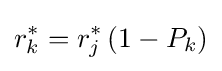
r_{k}^{*}=r_{j}^{*}\left(1-P_{k}\right)